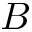
B